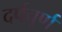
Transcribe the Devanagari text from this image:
दर्पचूर्ण